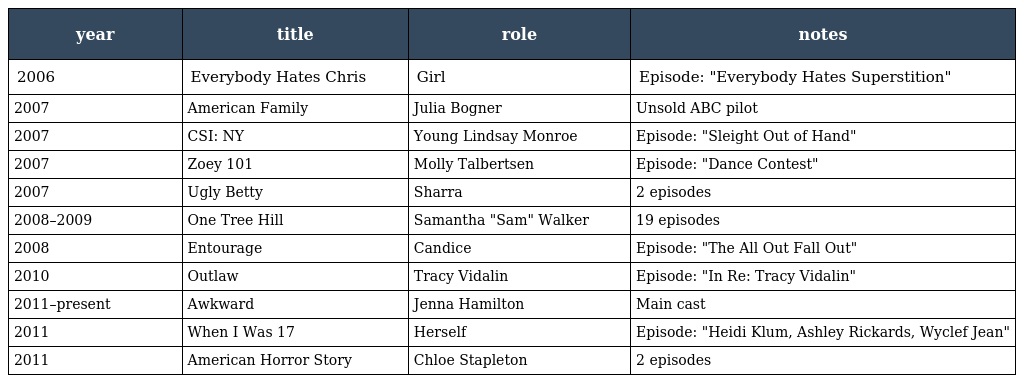
| year | title | role | notes |
 | --- | --- | --- | --- |
 | 2006 | Everybody Hates Chris | Girl | Episode: "Everybody Hates Superstition" |
 | 2007 | American Family | Julia Bogner | Unsold ABC pilot |
 | 2007 | CSI: NY | Young Lindsay Monroe | Episode: "Sleight Out of Hand" |
 | 2007 | Zoey 101 | Molly Talbertsen | Episode: "Dance Contest" |
 | 2007 | Ugly Betty | Sharra | 2 episodes |
 | 2008–2009 | One Tree Hill | Samantha "Sam" Walker | 19 episodes |
 | 2008 | Entourage | Candice | Episode: "The All Out Fall Out" |
 | 2010 | Outlaw | Tracy Vidalin | Episode: "In Re: Tracy Vidalin" |
 | 2011–present | Awkward | Jenna Hamilton | Main cast |
 | 2011 | When I Was 17 | Herself | Episode: "Heidi Klum, Ashley Rickards, Wyclef Jean" |
 | 2011 | American Horror Story | Chloe Stapleton | 2 episodes |